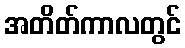
အတိတ်ကာလတွင်